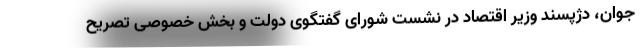
جوان، دژپسند وزیر اقتصاد در نشست شورای گفتگوی دولت و بخش خصوصی تصریح